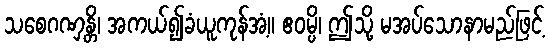
သစေဂဏှန္တိ၊ အကယ်၍ခံယူကုန်အံ့။ ဧဝမ္ပိ၊ ဤသို့ မအပ်သောနာမည်ဖြင့်